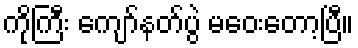
ကိုကြီး ကျော်နတ်ပွဲ မဝေးတော့ပြီ။